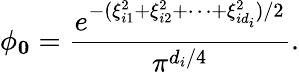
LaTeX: \phi_{\mathbf 0}=\frac{e^{-(\xi_{i1}^{2}+\xi_{i2}^{2}+\cdots+\xi_{id_{i}}^{2})/2}}{\pi^{d_{i}/4}}.